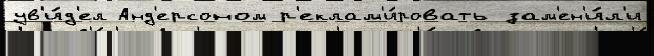
ув'и́д'ел Анд'ерсоном р'еклам'и́ровать зам'ен'и́л'и